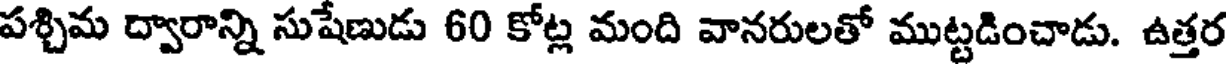
పశ్చిమ ద్వారాన్ని సుషేణుడు 60 కోట్ల మంది వానరులతో ముట్టడించాడు. ఉత్తర